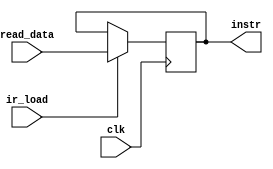
// ECE:3350 SISC processor project
// instruction register

`timescale 1ns/100ps

module ir (clk, ir_load, read_data, instr);

  /*
   *  INSTRUCTION REGISTER - ir.v
   *
   *  Inputs:
   *   - clk: System clock; positive edge active
   *   - ir_load: if ir_load is = 1, the IR is loaded with read_data
   *   - read_data (32 bits): the 32 bit instruction from instruction memory
   *
   *  Outputs:
   *   - instr (32 bits): the 32 bit saved instruction
   *
   */
  
  input         clk;
  input         ir_load;
  input  [31:0] read_data;
  output [31:0] instr;

  wire          clk;
  wire          ir_load;
  wire   [31:0] read_data;
  reg    [31:0] instr;
 
  // instruction register
  
  initial
    instr <= 32'h00000000;

  always @(posedge clk)
    if (ir_load == 1'b1)
      instr <= read_data;
  

endmodule